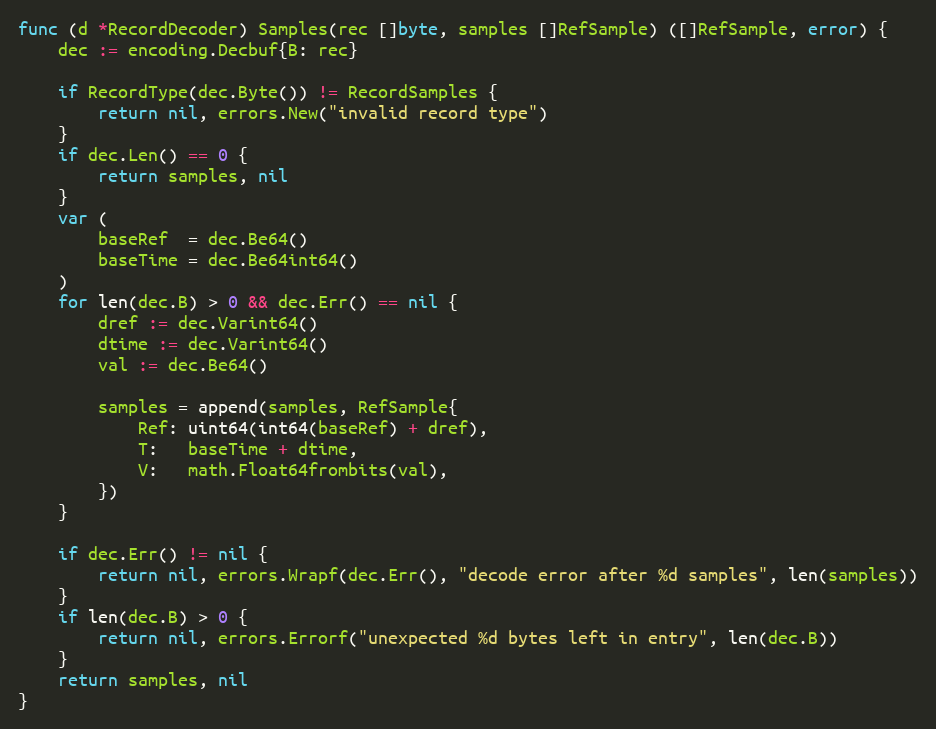
Language: Go
func (d *RecordDecoder) Samples(rec []byte, samples []RefSample) ([]RefSample, error) {
	dec := encoding.Decbuf{B: rec}

	if RecordType(dec.Byte()) != RecordSamples {
		return nil, errors.New("invalid record type")
	}
	if dec.Len() == 0 {
		return samples, nil
	}
	var (
		baseRef  = dec.Be64()
		baseTime = dec.Be64int64()
	)
	for len(dec.B) > 0 && dec.Err() == nil {
		dref := dec.Varint64()
		dtime := dec.Varint64()
		val := dec.Be64()

		samples = append(samples, RefSample{
			Ref: uint64(int64(baseRef) + dref),
			T:   baseTime + dtime,
			V:   math.Float64frombits(val),
		})
	}

	if dec.Err() != nil {
		return nil, errors.Wrapf(dec.Err(), "decode error after %d samples", len(samples))
	}
	if len(dec.B) > 0 {
		return nil, errors.Errorf("unexpected %d bytes left in entry", len(dec.B))
	}
	return samples, nil
}